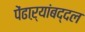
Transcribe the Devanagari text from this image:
पेंढाऱ्यांबद्दल